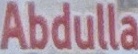
Abdulla